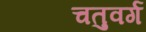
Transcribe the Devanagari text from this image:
चतुवर्ग